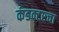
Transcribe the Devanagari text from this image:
कंडक्टरचा